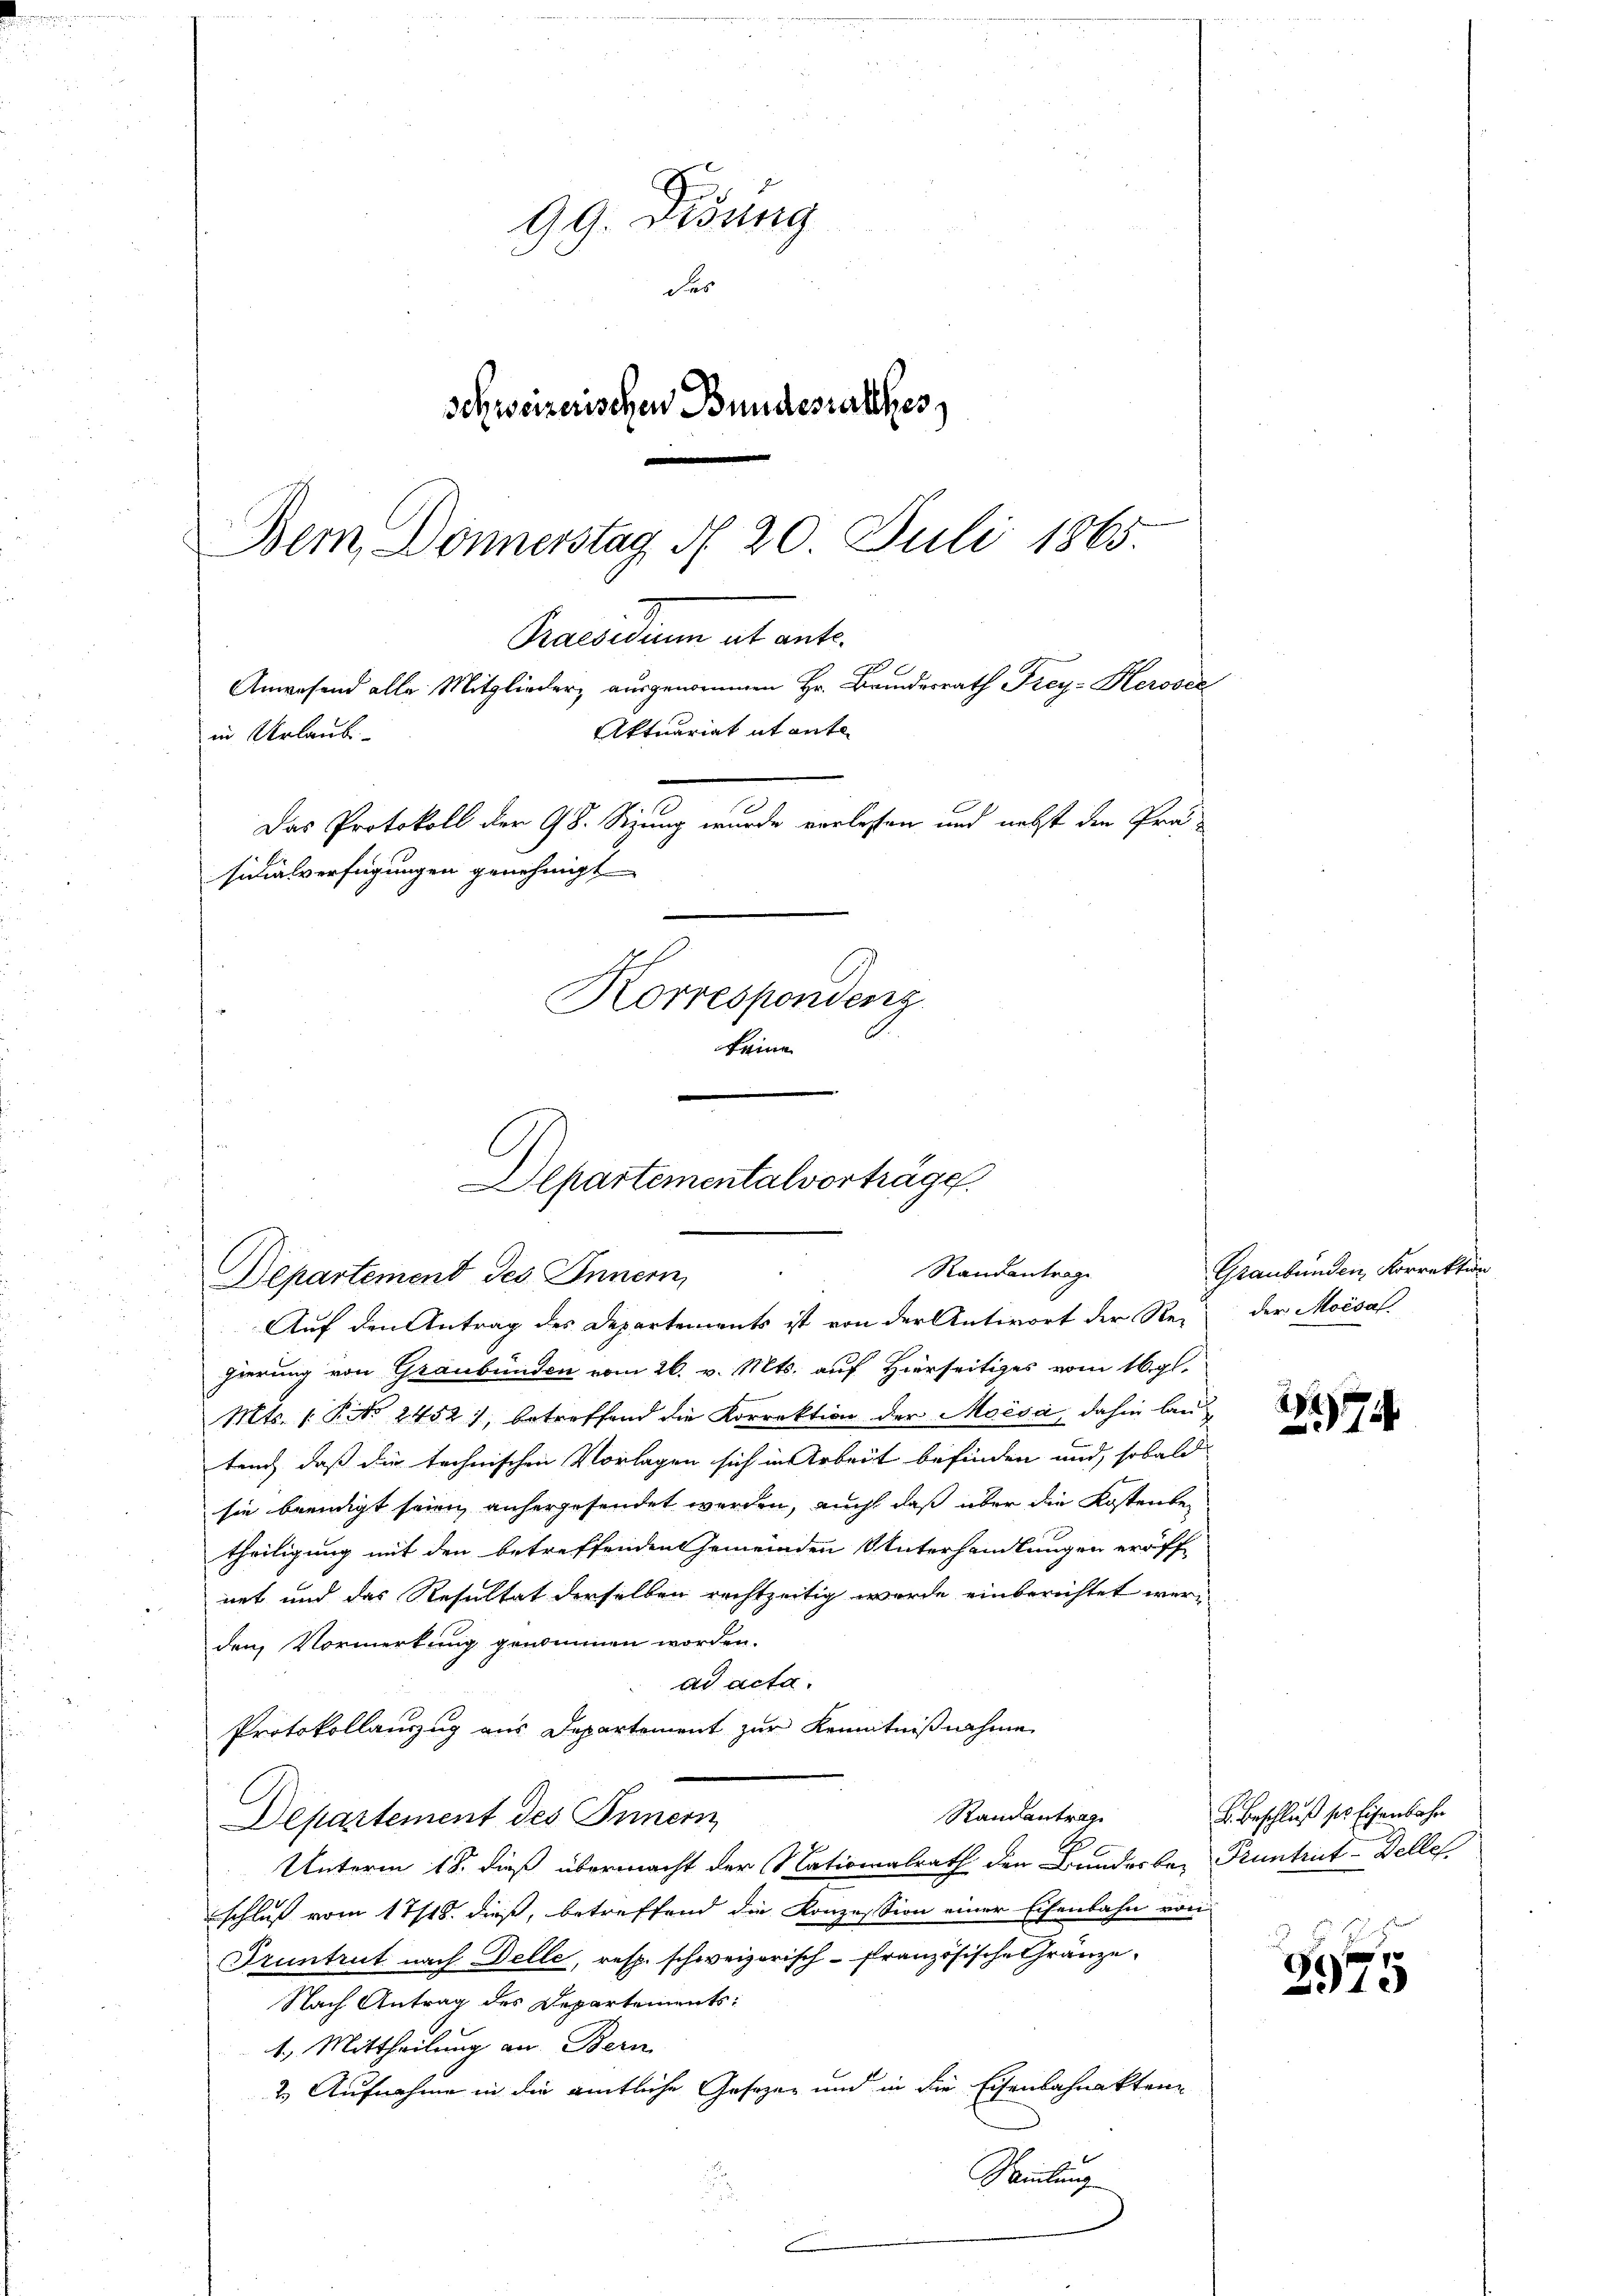
99. Disung
das
schweizerischen Bundesrathes,
Praesiduum et ante.
Anwesend alle Mitglieder, ausgenommen Hr. Brindesrath Frey-Herosel
Aktuariat it ante
in Urlaub
Das Protokoll der 98. Sizung wurde verlassen und nebst die Präsidialverfügungen genehmigt
Korrespondenz
keine

Bem, Donnerstag d. 20. Juli 1865.

Departementalverträge.
Randantrage
Departement des Innern,

Auf den Antrag des Departements ist von der Antwort der Rei der Moisa
e
gierung von Graubünden vom 26. v. Mts. auf Hierseitiges vom 16. gl.
Mts. (Pto 2452), betreffend die Korrektion der Moisa, dahin lautend, daß die technischen Vorlagen sich in Arbeit befinden und, sobald
sie beendigt seien anhergesendet werden, auch daß über die Kostenbetheiligung mit den betreffenden Gemeinden Unterhandlungen eröffnet und das Resultat derselben rechtzeitig wurde einberichtet werden Vormerkung genommen worden.
ad acta.
Protokollauszug aus Departement zur Kenntnißnahme
Randantrag
Departement des Innern
Unterm 18. dieß übermacht der Nationalrath den Bunderbe- Pruntrut-Belle
schluß vom 17/18. dieß, betreffend die Konzession einer Eisenbahn von
Pruntrut nach Delle, resp. schweizerisch-Französische Gränze
Nach Antrag des Departements:
1. Mittheilung an Bern
2) Aufnahme in die amtliche Gesetzen und in die Eisenbahnakten
Sammlung

2

Graubünden, Korrektion

192
74

L. Beschluß des Eisenbahn

2975